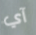
آي